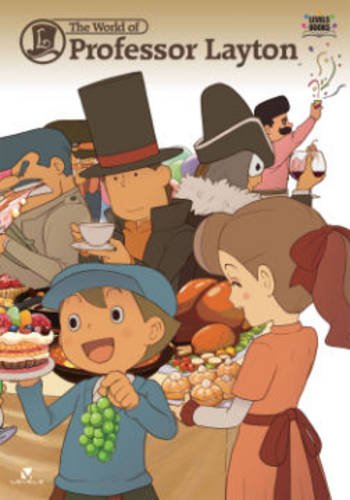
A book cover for The World of Professor Layton; Level 5.; Arts & Photography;